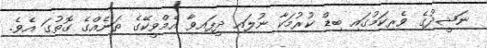
ނަޝީދުގެ ވެރިކަމުގައި ބިޑް ކުރުމަކާ ނުލައި ދީފައިވާ އެމްވީކޭގެ ތަނެއްގެ ގޮތުގަ އެވެ.